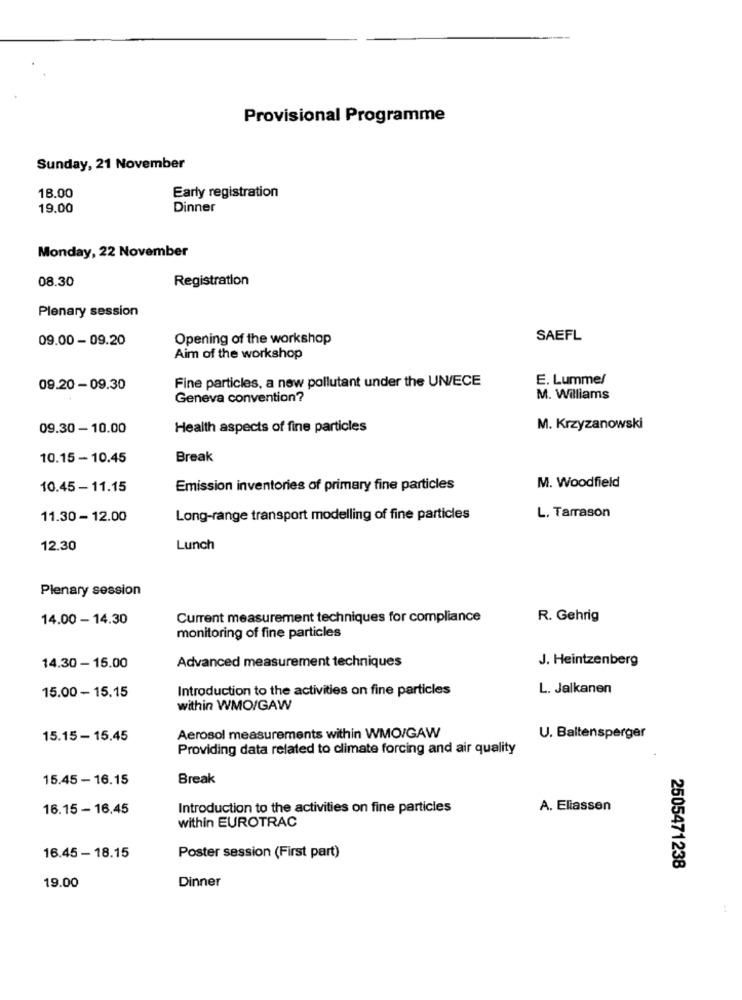
Provisional Programme
Sunday, 21 November
18.00
Early registration
19.00
Dinner
Monday, 22 November
08.30
Registration
Plenary session
09.00 - 09.20
Opening of the workshop
SAEFL
Aim of the workshop
Fine particles, a new pollutant under the UN/ECE
E. Lummel
09.20 - 09.30
Geneva convention?
M. Williams
09.30 - 10.00
Health aspects of fine particles
M. Krzyzanowski
10.15 - 10.45
Break
10.45 - 11.15
Emission inventories of primary fine particles
M. Woodfield
11.30 - 12.00
Long-range transport modelling of fine particles
L. Tarrason
12.30
Lunch
Plenary session
14.00 - 14.30
Current measurement techniques for compliance
R. Gehrig
monitoring of fine particles
Advanced measurement techniques
J. Heintzenberg
14.30 - 15.00
Introduction to the activities on fine particles
L. Jalkanen
15.00 - 15.15
within WMO/GAW
15.15 - 15.45
Aerosol measurements within WMO/GAW
U. Baltensperger
Providing data related to climate forcing and air quality
15.45 - 16.15
Break
16.15 - 16.45
Introduction to the activities on fine particles
A. Eliassen
within EUROTRAC
16.45 - 18.15
Poster session (First part)
2505471238
19.00
Dinner